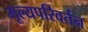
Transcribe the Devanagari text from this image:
मूल्यपरिवर्तन